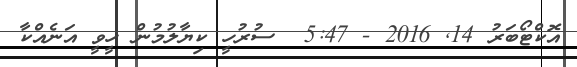
އޮކްޓޯބަރު 14